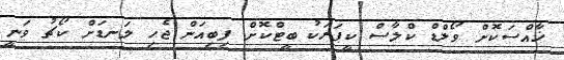
ޚާއްސަކޮށް ވޯލްޑް ކްލާސް ކީޕަރަކު ބީޓްކޮށް ފިބިއަން ޖެހި ލަނޑަށް ކޯޗު ވަނީ